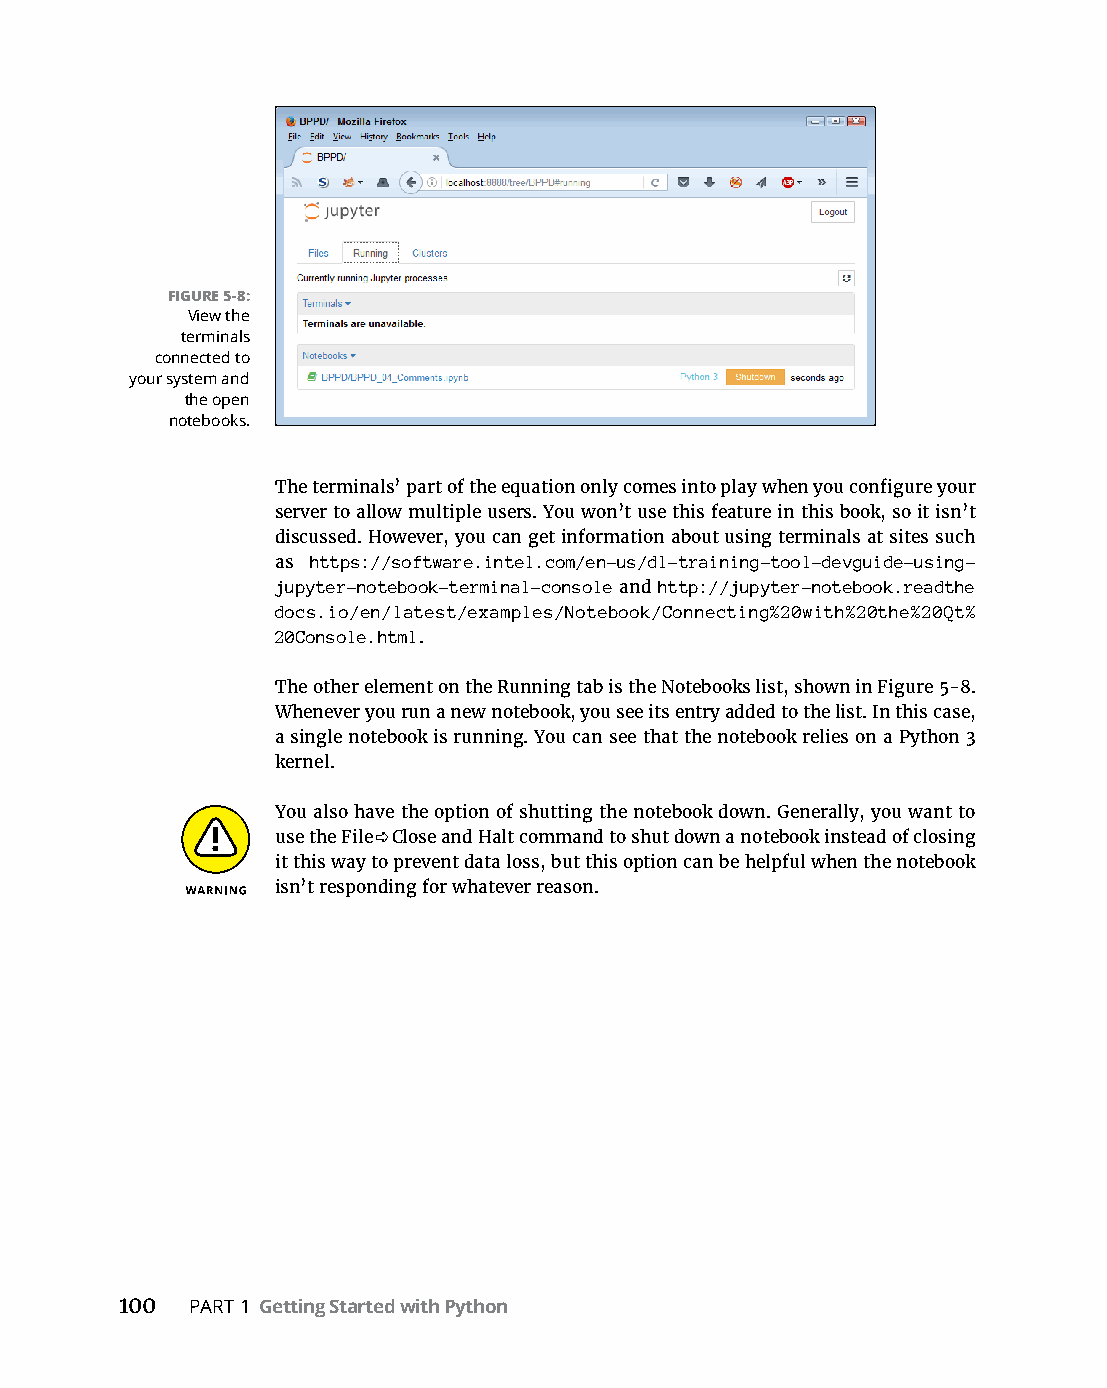
FIGURE 5-8:
 View the
 terminals
 connected to
 your system and
 the open
 notebooks.
 The terminals’ part of the equation only comes into play when you configure your
 server to allow multiple users. You won’t use this feature in this book, so it isn’t
 discussed. However, you can get information about using terminals at sites such
 as https://software.intel.com/en-us/dl-training-tool-devguide-using-
 jupyter-notebook-terminal-console and http://jupyter-notebook.readthe
 docs.io/en/latest/examples/Notebook/Connecting%20with%20the%20Qt%
 20Console.html.
 The other element on the Running tab is the Notebooks list, shown in Figure 5-8.
 Whenever you run a new notebook, you see its entry added to the list. In this case,
 a single notebook is running. You can see that the notebook relies on a Python 3
 kernel.
 You also have the option of shutting the notebook down. Generally, you want to
 use the File ➪ Close and Halt command to shut down a notebook instead of closing
 it this way to prevent data loss, but this option can be helpful when the notebook
 isn’t responding for whatever reason.
 100  PART 1 Getting Started with Python